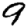
Digit: 9